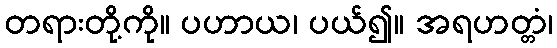
တရားတို့ကို။ ပဟာယ၊ ပယ်၍။ အရဟတ္တံ၊